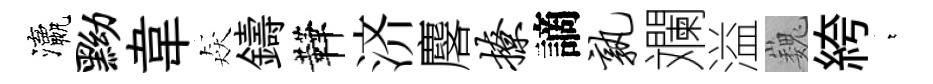
瀛黝韋猋鑄鞾济麐撩謫孰斕溢巍絝萋